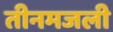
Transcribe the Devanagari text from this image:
तीनमजली